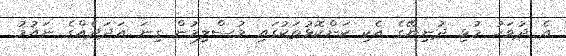
އެ ދުވަހު މުޅި ދުނިޔޭގެ އެކި ކަންކޮޅުތަކުގައި މުސްލިމުން ގިނަ އަދަދެއްގެ ނައުމު